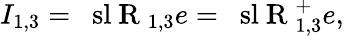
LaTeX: I_{1,3}=\mathrm{~{\ sl~I\! \! R}~}_{1,3}e=\mathrm{~{\ sl~I\! \! R}~}_{1,3}^{+}e,